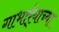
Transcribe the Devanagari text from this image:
गाभार्र्‍याच्या